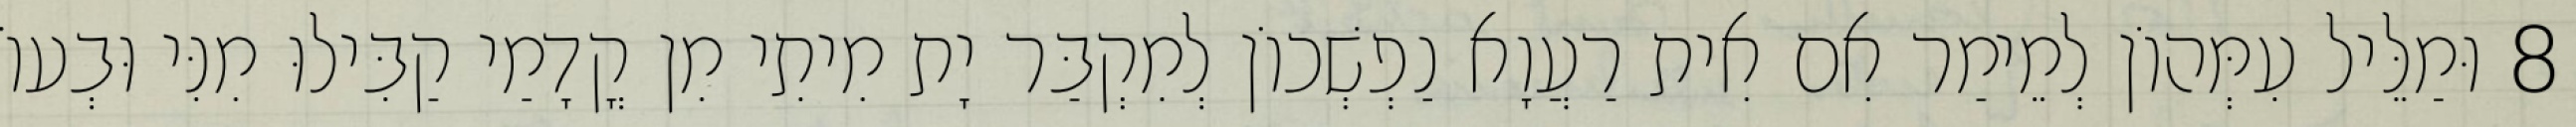
8 וּמַלֵּיל עִמְּהוֹן לְמֵימַר אִם אִית רַעֲוָא נַפְשְׁכוֹן לְמִקְבַּר יָת מִיתִי מִן קֳדָמַי קַבִּילוּ מִנִּי וּבְעוֹ